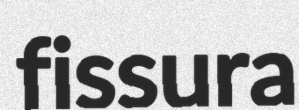
fissura